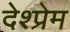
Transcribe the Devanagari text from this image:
देश्प्रेम